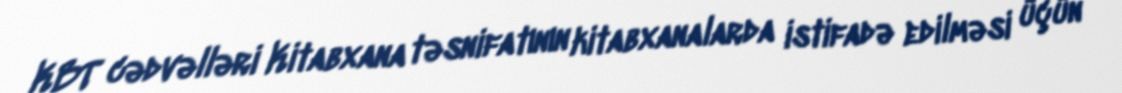
KBT cədvəlləri Kitabxana təsnifatının kitabxanalarda istifadə edilməsi üçün